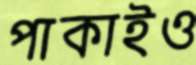
পাকাইও